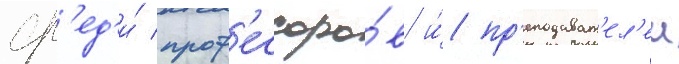
ср'ед'и́ проф'ессоро́в и́ пр'еподават'ел'еи